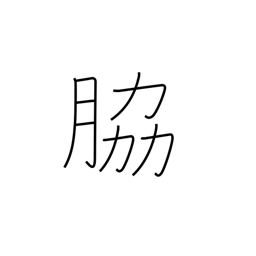
Meaning: supporting role